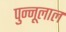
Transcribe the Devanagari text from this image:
पुन्नूलाल